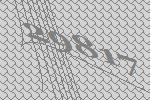
29817